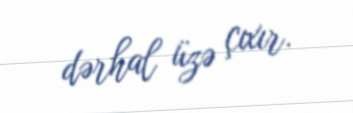
dərhal üzə çıxır.